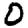
Digit: 0